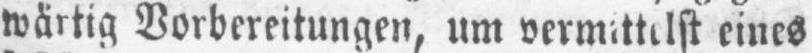
eines